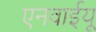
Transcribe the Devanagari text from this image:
एनवाईयू